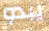
يبدو